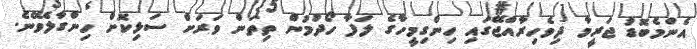
އެންމެބޮޑު ޖަރީމާ ދިވެހިރާއްޖޭގައި ހިންގިމީހާގެ ލަފާ ހޯދުމުން ތިތަން ވަރަށް ސަޅިކޮށް ހިންގާލެވޭނެ.